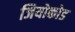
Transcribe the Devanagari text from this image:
जियोकोड